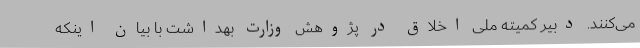
می‌کنند. دبیر کمیته ملی اخلاق در پژوهش وزارت بهداشت با بیان اینکه